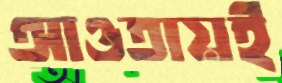
আওতায়ই